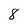
Character: 8